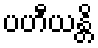
ပဟီယန္တိ